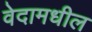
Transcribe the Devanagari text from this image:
वेदामधील